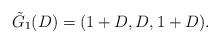
LaTeX: \begin{align*}\tilde G_1(D)=(1+D, D, 1+D) .\end{align*}